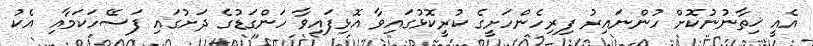
އެއީ ޚިތާނުނުކޮށް ހުންނައިރު ފިރިހެންހަށީގެ ކުރީކޮޅުގައިވާ އޮޅިފައިވާ ހަންގަޑުގެ ދަށުގައި ފަސޭހަކަމާއި އެކު